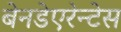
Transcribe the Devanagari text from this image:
बेनडेएरेन्टेस